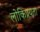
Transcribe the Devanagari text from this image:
लोकिप्रयता